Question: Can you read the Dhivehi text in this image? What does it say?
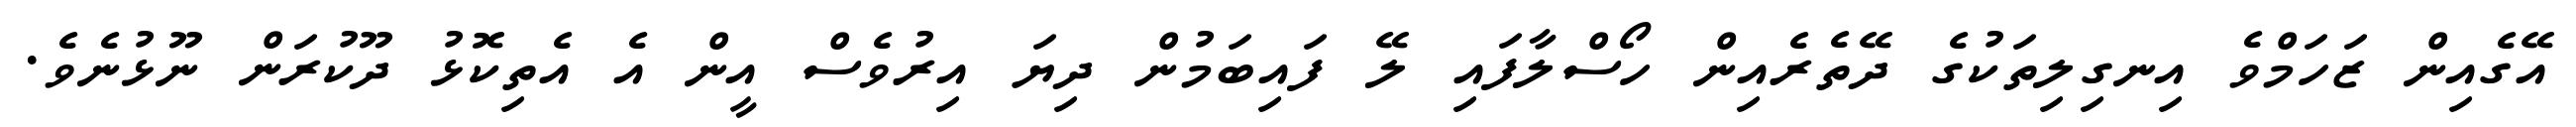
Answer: އޭގެއިން ޒަހަމްވެ އިނގިލިތަކުގެ ދޭތެރެއިން ހޯސްލާފައި ލޭ ފައިބަމުން ދިޔަ އިރުވެސް އީން އެ އެތިކޮޅު ދޫކުރަން ނޫޅުނެވެ.